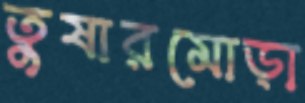
তুষারমোড়া